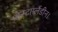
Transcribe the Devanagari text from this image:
प्रोस्टाग्लैंडीन।